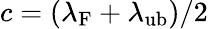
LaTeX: c=(\lambda_{\mathrm{F}}+\lambda_{\mathrm{ub}})/2